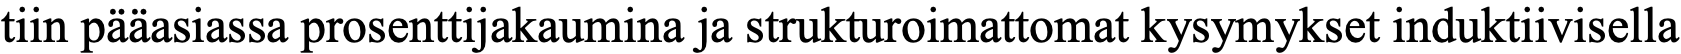
tiin pääasiassa prosenttijakaumina ja strukturoimattomat kysymykset induktiivisella